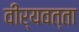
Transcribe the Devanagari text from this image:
वीर्यवत्‍ता